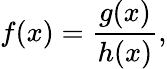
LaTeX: f(x)={\frac{g(x)}{h(x)}},